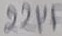
Text: 22µ